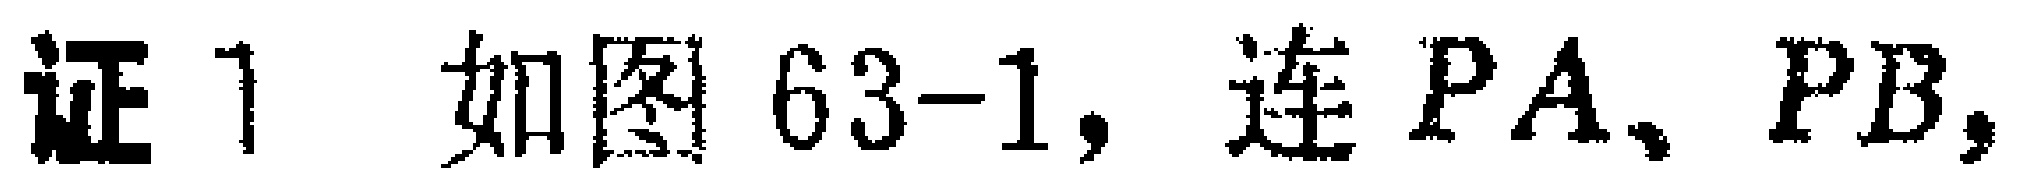
证1 如图63-1，连 \(PA\)、\(PB\)，